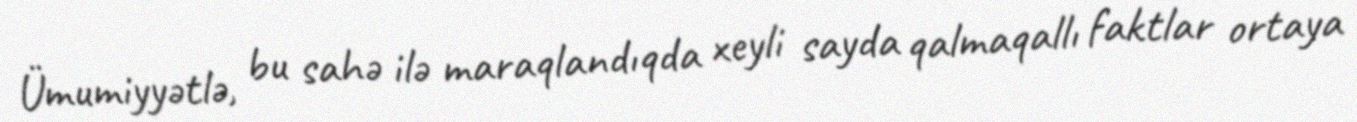
Ümumiyyətlə, bu sahə ilə maraqlandıqda xeyli sayda qalmaqallı faktlar ortaya